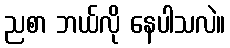
ညစာ ဘယ်လို နေပါသလဲ။